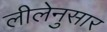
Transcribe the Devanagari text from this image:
लीलेनुसार